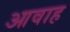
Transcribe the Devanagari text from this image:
आवाह